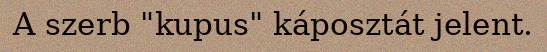
A szerb "kupus" káposztát jelent.